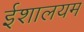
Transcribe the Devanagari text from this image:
ईशालयम